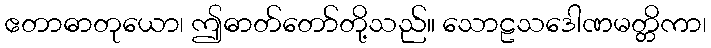
ဧတာဓာတုယော၊ ဤဓာတ်တော်တို့သည်။ သောဠသဒေါဏမတ္တိကာ၊